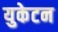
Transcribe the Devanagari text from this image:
युकेटन